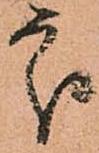
處